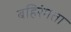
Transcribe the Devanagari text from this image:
बहिरंगता